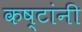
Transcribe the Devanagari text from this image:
कष्टांनी